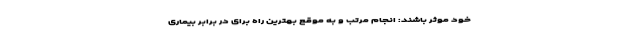
خود موثر باشند: انجام مرتب و به موقع بهترین راه برای در برابر بیماری